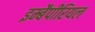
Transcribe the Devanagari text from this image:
इम्बैपीरियल